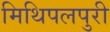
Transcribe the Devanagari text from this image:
मिथिपलपुरी